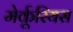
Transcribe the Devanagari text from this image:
मेर्कूरियस